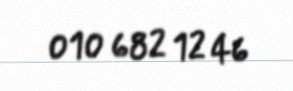
010 682 12 46